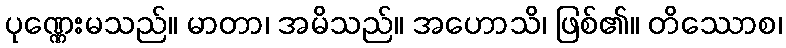
ပုဏ္ဏေးမသည်။ မာတာ၊ အမိသည်။ အဟောသိ၊ ဖြစ်၏။ တိဿောစ၊